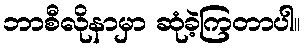
ဘာစီလိုနာမှာ ဆုံခဲ့ကြတာပါ။